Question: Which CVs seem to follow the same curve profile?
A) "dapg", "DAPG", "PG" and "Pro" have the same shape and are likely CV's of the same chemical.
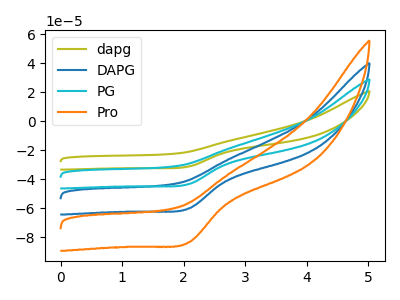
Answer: <think>The olive curve "dapg" has a cathodic peak at: (2.10V, -31.25uA). The blue curve "DAPG" has a cathodic peak at: (2.10V, -86.70uA). The cyan curve "PG" has a cathodic peak at: (2.10V, -43.35uA). The orange curve "Pro" has a cathodic peak at: (2.10V, -130.10uA).
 All the peaks in "dapg" have a peak in "DAPG" at the same potential. Every peak in "dapg" is lower than every peak in "DAPG". All the peaks in "dapg" have a peak in "PG" at the same potential. Every peak in "dapg" is lower than every peak in "PG". All the peaks in "dapg" have a peak in "Pro" at the same potential. Every peak in "dapg" is lower than every peak in "Pro". All the peaks in "DAPG" have a peak in "PG" at the same potential. Every peak in "DAPG" is higher than every peak in "PG". All the peaks in "DAPG" have a peak in "Pro" at the same potential. Every peak in "DAPG" is lower than every peak in "Pro". All the peaks in "PG" have a peak in "Pro" at the same potential. Every peak in "PG" is lower than every peak in "Pro".</think>
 <answer>A) "dapg", "DAPG", "PG" and "Pro" have the same shape and are likely CV's of the same chemical.</answer>
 <eval>A</eval>